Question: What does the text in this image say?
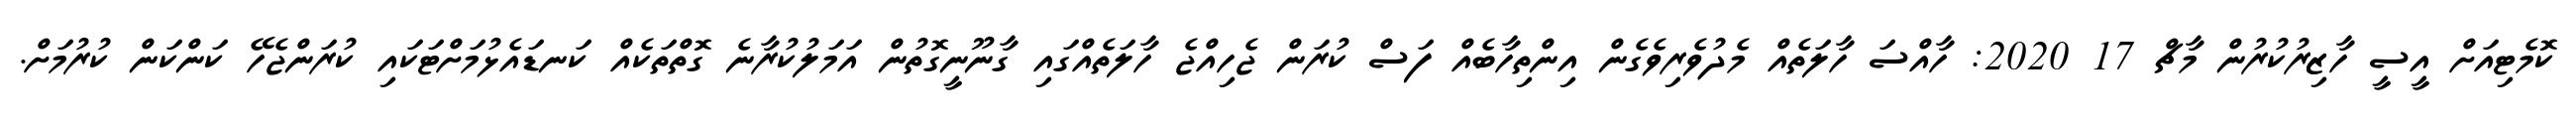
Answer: ކޮމެޓިއަށް އީސީ ހާޒިރުކުރުން މާޗް 17 2020: ހާއްސަ ހާލަތެއް މެދުވެރިވެގެން އިންތިހާބެއް ފަސް ކުރަން ޖެހިއްޖެ ހާލަތެއްގައި ގާނޫނީގޮތުން އަމަލުކުރާނެ ގޮތްތަކެއް ކަނޑައެޅުމަށްޓަކައި ކުރަންޖެހޭ ކަންކަން ކުރުމަށް.